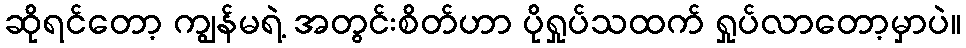
ဆိုရင်တော့ ကျွန်မရဲ့ အတွင်းစိတ်ဟာ ပိုရှုပ်သထက် ရှုပ်လာတော့မှာပဲ။